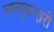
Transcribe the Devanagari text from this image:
तालुकदारी